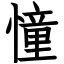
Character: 憧